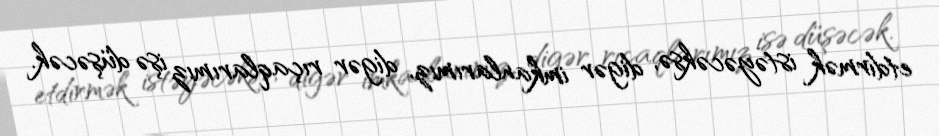
etdirmək istəyəcəksə, digər imkanlarımız, digər rıçaqlarımız işə düşəcək.